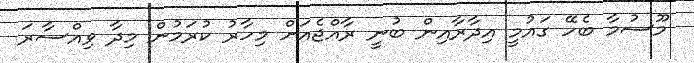
މޫސުމާ ބެހޭ ގައުމީ އިދާރާއިން ބުނީ ރާއްޖެއަށް މިހާރު ކުރަމުން މިދާ ވިއްސާރަ